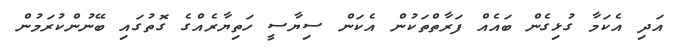
އަދި އެކަމާ ގުޅިގެން ބައެއް ފަރާތްތަކުން އެކަން ސިޔާސީ ހަތިޔާރެއްގެ ގޮތުގައި ބޭނުންކުރަމުން